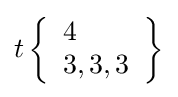
t\left\{{\begin{array}{l}4\\3,3,3\end{array}}\right\}